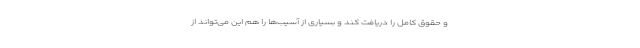
و حقوق کامل را دریافت کند و بسیاری از آسیب‌ها را هم این می‌تواند از